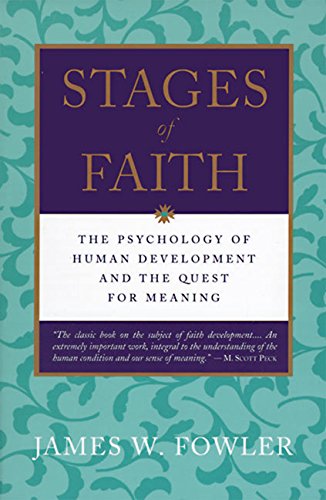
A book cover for Stages of Faith: The Psychology of Human Development and the Quest for Meaning; James W. Fowler; Christian Books & Bibles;